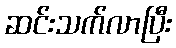
ဆင်းသက်လာပြီး